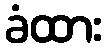
ခံထား